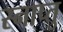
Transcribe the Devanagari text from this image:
स्नाप्तु